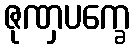
ဇုဏှပက္ခေ